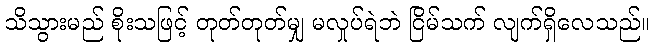
သိသွားမည် စိုးသဖြင့် တုတ်တုတ်မျှ မလှုပ်ရဲဘဲ ငြိမ်သက် လျက်ရှိလေသည်။